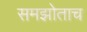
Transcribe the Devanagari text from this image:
समझोताच